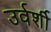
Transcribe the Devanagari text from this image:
उर्वर्शी